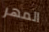
المهر